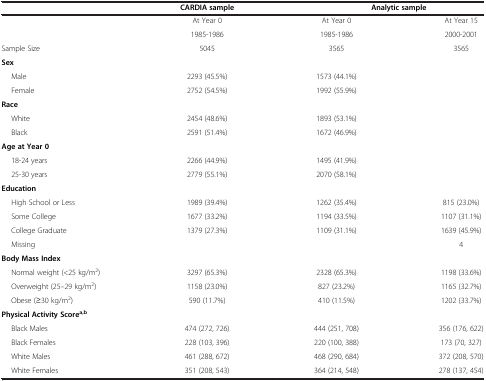
|  | CARDIA sample | <COLSPAN=2> Analytic sample |
 | --- | --- | --- | --- |
 | <ROWSPAN=2>  | At Year 0 | At Year 0 | At Year 15 |
 | 1985-1986 | 1985-1986 | 2000-2001 |
 | Sample Size | 5045 | 3565 | 3565 |
 | Sex |  |  | <ROWSPAN=3>  |
 | Male | 2293 (45.5%) | 1573 (44.1%) |
 | Female | 2752 (54.5%) | 1992 (55.9%) |
 | Race |  |  | <ROWSPAN=3>  |
 | White | 2454 (48.6%) | 1893 (53.1%) |
 | Black | 2591 (51.4%) | 1672 (46.9%) |
 | Age at Year 0 |  |  | <ROWSPAN=3>  |
 | 18-24 years | 2266 (44.9%) | 1495 (41.9%) |
 | 25-30 years | 2779 (55.1%) | 2070 (58.1%) |
 | Education |  |  |  |
 | High School or Less | 1989 (39.4%) | 1262 (35.4%) | 815 (23.0%) |
 | Some College | 1677 (33.2%) | 1194 (33.5%) | 1107 (31.1%) |
 | College Graduate | 1379 (27.3%) | 1109 (31.1%) | 1639 (45.9%) |
 | Missing |  |  | 4 |
 | Body Mass Index |  |  |  |
 | Normal weight (<25 kg/m2) | 3297 (65.3%) | 2328 (65.3%) | 1198 (33.6%) |
 | Overweight (25–29 kg/m2) | 1158 (23.0%) | 827 (23.2%) | 1165 (32.7%) |
 | Obese (≥30 kg/m2) | 590 (11.7%) | 410 (11.5%) | 1202 (33.7%) |
 | Physical Activity Scorea,b |  |  |  |
 | Black Males | 474 (272, 726) | 444 (251, 708) | 356 (176, 622) |
 | Black Females | 228 (103, 396) | 220 (100, 388) | 173 (70, 327) |
 | White Males | 461 (288, 672) | 468 (290, 684) | 372 (208, 570) |
 | White Females | 351 (208, 543) | 364 (214, 548) | 278 (137, 454) |